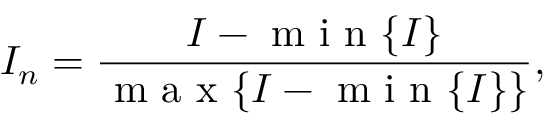
I _ { n } = \frac { I - \mathrm { ~ m ~ i ~ n ~ } \{ I \} } { \mathrm { ~ m ~ a ~ x ~ } \{ I - \mathrm { ~ m ~ i ~ n ~ } \{ I \} \} } ,